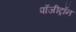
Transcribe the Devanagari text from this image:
पॉजीट्रॉन